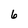
Character: 6